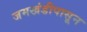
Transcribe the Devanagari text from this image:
जमखंडीपासून